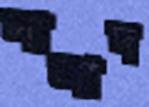
সালাদ